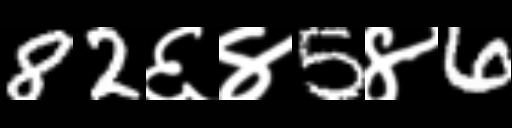
Text: 82६४5४6